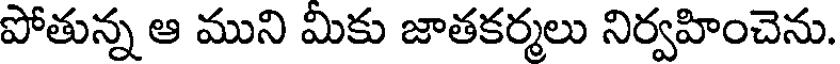
పోతున్న ఆ ముని మికు జాతకర్మలు నిర్వహించెను.